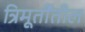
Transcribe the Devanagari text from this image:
त्रिमूर्तींतील